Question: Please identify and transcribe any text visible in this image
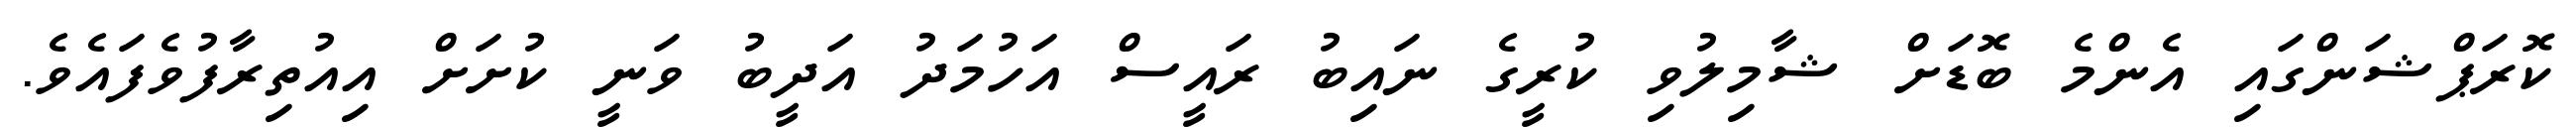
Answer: ކޮރަޕްޝަންގައި އެންމެ ބޮޑަށް ޝާމިލުވި ކުރީގެ ނައިބު ރައީސް އަހުމަދު އަދީބު ވަނީ ކުށަށް އިއުތިރާފުވެފައެވެ.